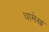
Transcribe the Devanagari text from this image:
धामेख